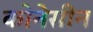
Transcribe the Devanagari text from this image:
कोनेसीन